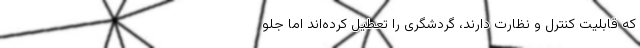
که قابلیت کنترل و نظارت دارند، گردشگری را تعطیل کرده‌اند اما جلو